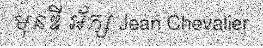
មុនឌី អ័ក្ស Jean Chevalier